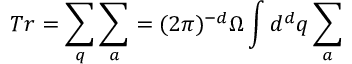
T r = \sum _ { q } \sum _ { a } = ( 2 \pi ) ^ { - d } \Omega \int { d } ^ { d } q \sum _ { a }